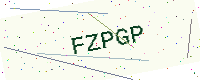
Text: FZPGP